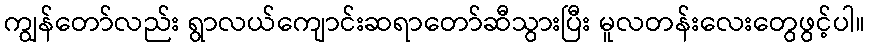
ကျွန်တော်လည်း ရွာလယ်ကျောင်းဆရာတော်ဆီသွားပြီး မူလတန်းလေးတွေဖွင့်ပါ။